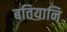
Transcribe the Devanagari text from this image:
बतियानि